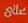
علع